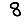
Digit: 8